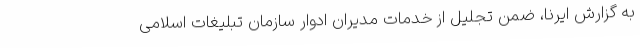
به گزارش ایرنا، ضمن تجلیل از خدمات مدیران ادوار سازمان تبلیغات اسلامی